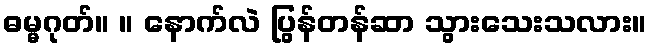
ဓမ္မဂုတ်။ ။ နောက်လဲ ပြွန်တန်ဆာ သွားသေးသလား။